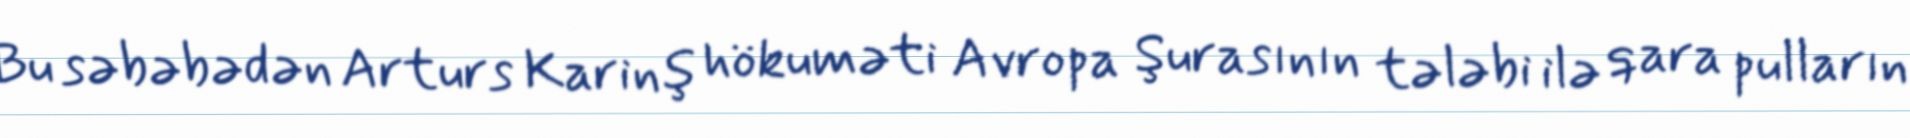
Bu səbəbədən Arturs Karinş hökuməti Avropa Şurasının tələbi ilə qara pulların